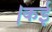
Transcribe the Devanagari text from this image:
।कई